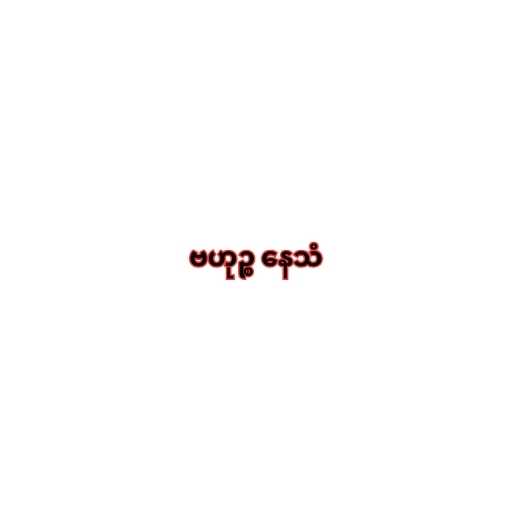
ဗဟုဉ္စ နေသံ